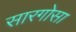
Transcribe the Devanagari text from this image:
सारगोसा